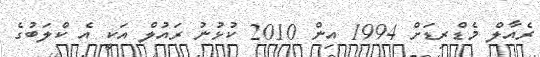
ރެއާލް މެޑްރިޑަށް 1994 އިން 2010 ކުޅުނު ރައުލް އަކީ އެ ކްލަބުގެ